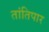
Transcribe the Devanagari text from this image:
तांतिपार